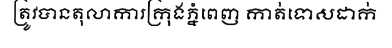
ត្រូវបានតុលាការក្រុងភ្នំពេញ កាត់ទោសដាក់